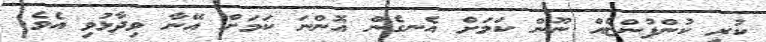
ކުރި ކުންފުންޏެއް ނޫން ކަމަށް އެނގެން އޮންނަ ކަމަށް އޭނާ ވިދާޅުވި އެވެ.